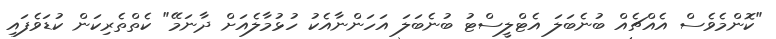
"ކޮންމެވެސް އެއްޗެއް ބުނެބަލަ އެޓްލީސްޓު ބުނެބަލަ އަހަންނާއެކު ހުޅުމާލެއަށް ދާނަމޭ" ކެތްތެރިކަން ކުޑަވެފައި